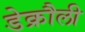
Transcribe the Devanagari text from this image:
डेक्रौली